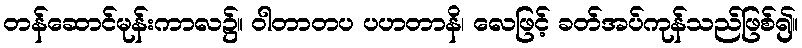
တန်ဆောင်မုန်းကာလ၌။ ဝါတာတပ ပဟတာနိ၊ လေဖြင့် ခတ်အပ်ကုန်သည်ဖြစ်၍။